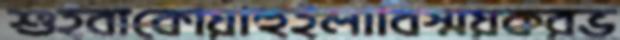
শুইবাকোয়াহুইলাবিস্ময়করভ